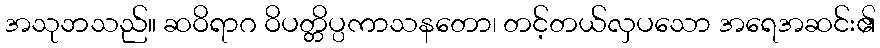
အသုဘသည်။ ဆဝိရာဂ ဝိပတ္တိပ္ပကာသနတော၊ တင့်တယ်လှပသော အရေအဆင်း၏